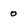
Character: 0